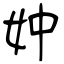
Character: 妕